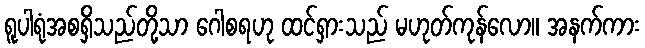
ရူပါရုံအစရှိသည်တို့သာ ဂေါစရဟု ထင်ရှားသည် မဟုတ်ကုန်လော။ အနက်ကား